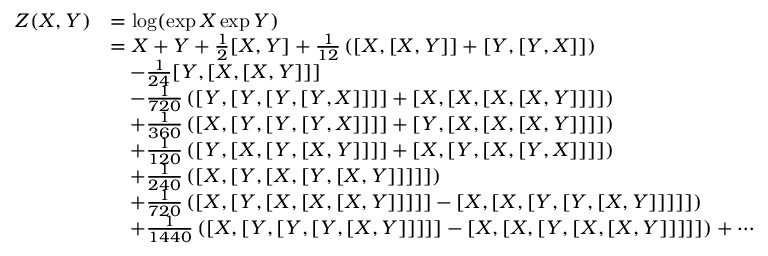
{ \begin{array} { r l } { Z ( X , Y ) } & { = \log ( \exp X \exp Y ) } \\ & { = X + Y + { \frac { 1 } { 2 } } [ X , Y ] + { \frac { 1 } { 1 2 } } \left( [ X , [ X , Y ] ] + [ Y , [ Y , X ] ] \right) } \\ & { \quad - { \frac { 1 } { 2 4 } } [ Y , [ X , [ X , Y ] ] ] } \\ & { \quad - { \frac { 1 } { 7 2 0 } } \left( [ Y , [ Y , [ Y , [ Y , X ] ] ] ] + [ X , [ X , [ X , [ X , Y ] ] ] ] \right) } \\ & { \quad + { \frac { 1 } { 3 6 0 } } \left( [ X , [ Y , [ Y , [ Y , X ] ] ] ] + [ Y , [ X , [ X , [ X , Y ] ] ] ] \right) } \\ & { \quad + { \frac { 1 } { 1 2 0 } } \left( [ Y , [ X , [ Y , [ X , Y ] ] ] ] + [ X , [ Y , [ X , [ Y , X ] ] ] ] \right) } \\ & { \quad + { \frac { 1 } { 2 4 0 } } \left( [ X , [ Y , [ X , [ Y , [ X , Y ] ] ] ] ] \right) } \\ & { \quad + { \frac { 1 } { 7 2 0 } } \left( [ X , [ Y , [ X , [ X , [ X , Y ] ] ] ] ] - [ X , [ X , [ Y , [ Y , [ X , Y ] ] ] ] ] \right) } \\ & { \quad + { \frac { 1 } { 1 4 4 0 } } \left( [ X , [ Y , [ Y , [ Y , [ X , Y ] ] ] ] ] - [ X , [ X , [ Y , [ X , [ X , Y ] ] ] ] ] \right) + \cdots } \end{array} }